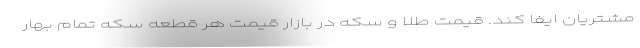
مشتریان ایفا کند. قیمت طلا و سکه در بازار قیمت هر قطعه سکه تمام بهار